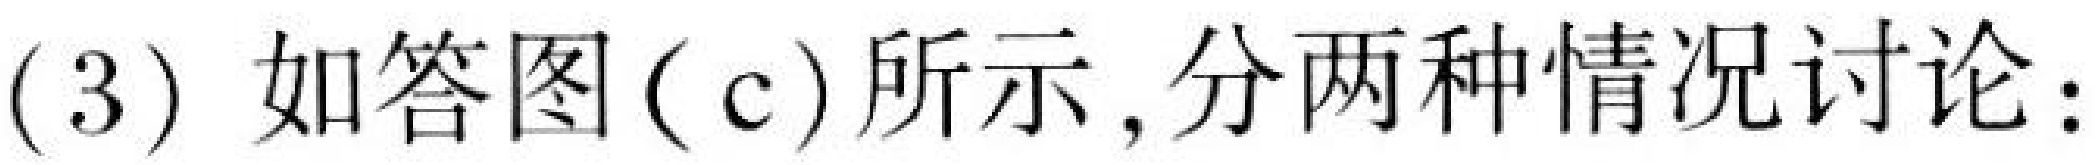
(3) 如答图(c)所示,分两种情况讨论: